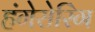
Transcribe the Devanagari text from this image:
हंगेरोरिंग